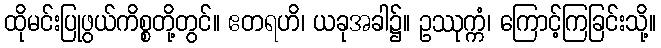
ထိုမင်းပြုဖွယ်ကိစ္စတို့တွင်။ ဧတရဟိ၊ ယခုအခါ၌။ ဥဿုက္ကံ၊ ကြောင့်ကြခြင်းသို့။